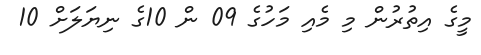
މީގެ އިތުރުން މި މެއި މަހުގެ 09 ން 10ގެ ނިޔަލަށް 10